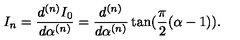
I _ { n } = \frac { d ^ { ( n ) } I _ { 0 } } { d \alpha ^ { ( n ) } } = \frac { d ^ { ( n ) } } { d \alpha ^ { ( n ) } } \tan ( \frac { \pi } { 2 } ( \alpha - 1 ) ) .